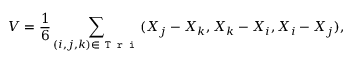
V = \frac { 1 } { 6 } \sum _ { ( i , j , k ) \in \texttt { T r i } } ( \boldsymbol X _ { j } - \boldsymbol X _ { k } , \boldsymbol X _ { k } - \boldsymbol X _ { i } , \boldsymbol X _ { i } - \boldsymbol X _ { j } ) ,